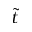
\tilde { t }